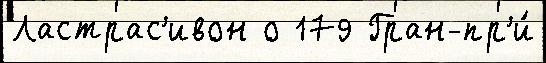
Ластрас'ивон о 179 Гран-пр'и́